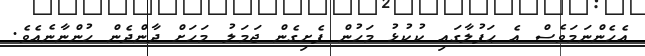
އެހެންނަމަވެސް އެ ޙަފުލާގައި ކުކުޅު މަހުން ފެށިގެން ޖަމަލު މަހަށް ދާންދެން ހުންނާނެއެވެ.